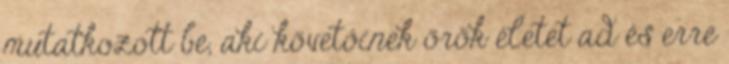
mutatkozott be, aki követőinek örök életet ad és erre